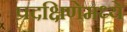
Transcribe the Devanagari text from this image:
प्रदक्षिणेमध्ये